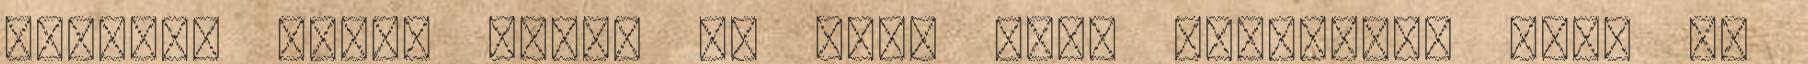
gátolja ennem őket? Te arra vagy kíváncsi? Ugye Te